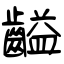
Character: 齸